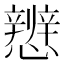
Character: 𪭀